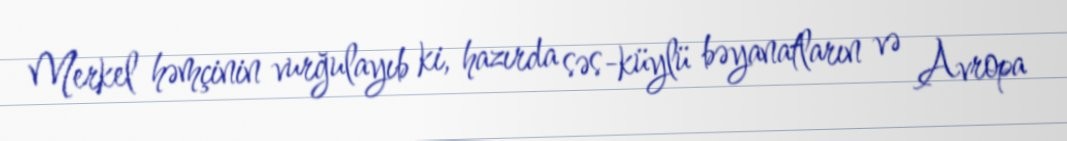
Merkel həmçinin vurğulayıb ki, hazırda səs-küylü bəyanatların və Avropa